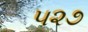
૫૨૭